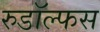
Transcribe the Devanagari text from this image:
रुडॉल्फस